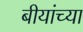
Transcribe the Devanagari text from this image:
बीयांच्या